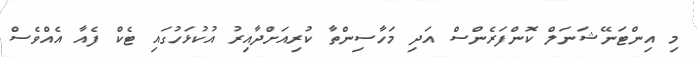
މި އިންޓަނޭޝަނަލް ކޮންފަރެންސް އަދި މަހާސިންތާ ކުރިއަށްދާއިރު އުކުޅަހުގައި ޓެކް ފެއާ އެއްވެސް